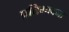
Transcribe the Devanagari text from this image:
प्रतिभावना